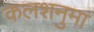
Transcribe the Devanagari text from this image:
कलशनुमा